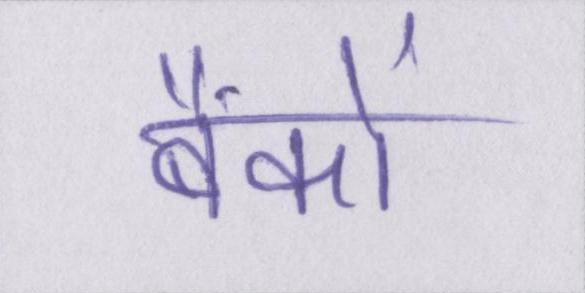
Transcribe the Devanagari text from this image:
बैंकों